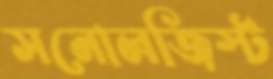
সনোলজিস্ট